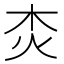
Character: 𤆰